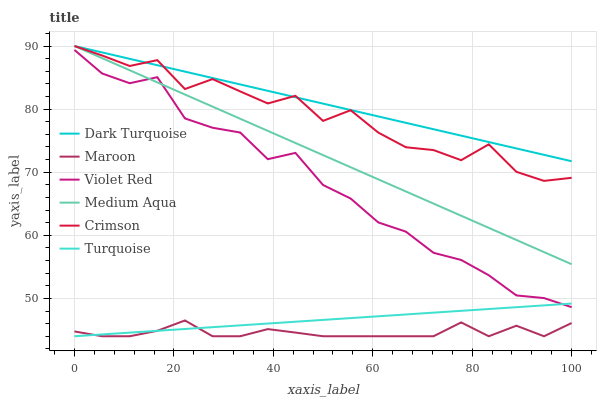
| xaxis_label | Dark Turquoise | Maroon | Violet Red | Medium Aqua | Crimson | Turquoise |
 | --- | --- | --- | --- | --- | --- | --- |
 | 0 | 90 | 44.8 | 89.4 | 90 | 90 | 44 |
 | 5.56 | 89 | 44 | 85.6 | 88.1 | 88.5 | 44.3 |
 | 11.1 | 88 | 44 | 84.1 | 86.2 | 86.8 | 44.6 |
 | 16.7 | 87 | 44.9 | 85.1 | 84.2 | 87.8 | 44.9 |
 | 22.2 | 85.9 | 46.5 | 78.5 | 82.3 | 83.2 | 45.2 |
 | 27.8 | 84.9 | 44 | 77 | 80.4 | 84.8 | 45.4 |
 | 33.3 | 83.9 | 44 | 76.3 | 78.5 | 82.8 | 45.7 |
 | 38.9 | 82.9 | 45.1 | 72.1 | 76.6 | 80.9 | 46 |
 | 44.4 | 81.9 | 44.6 | 73.1 | 74.6 | 82.1 | 46.3 |
 | 50 | 80.9 | 44 | 68 | 72.7 | 78.1 | 46.6 |
 | 55.6 | 79.9 | 44 | 65.8 | 70.8 | 79.8 | 46.9 |
 | 61.1 | 78.8 | 44 | 62 | 68.9 | 76.3 | 47.2 |
 | 66.7 | 77.8 | 44 | 60.6 | 66.9 | 74 | 47.5 |
 | 72.2 | 76.8 | 44 | 57.2 | 65 | 73.5 | 47.7 |
 | 77.8 | 75.8 | 46.2 | 56.1 | 63.1 | 71.9 | 48 |
 | 83.3 | 74.8 | 44 | 53.7 | 61.2 | 74.4 | 48.3 |
 | 88.9 | 73.8 | 45.7 | 50.5 | 59.3 | 70.1 | 48.6 |
 | 94.4 | 72.8 | 44 | 50.1 | 57.3 | 68.6 | 48.9 |
 | 100 | 71.7 | 46.1 | 48.6 | 55.4 | 69.1 | 49.2 |